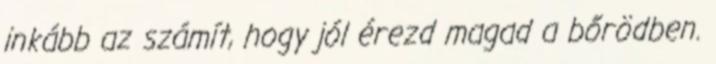
inkább az számít, hogy jól érezd magad a bőrödben.